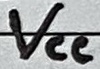
Text: VCC